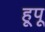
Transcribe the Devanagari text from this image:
हूपू